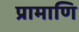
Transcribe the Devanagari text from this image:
प्रामाणि